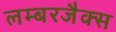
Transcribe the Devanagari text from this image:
लम्बरजैक्स